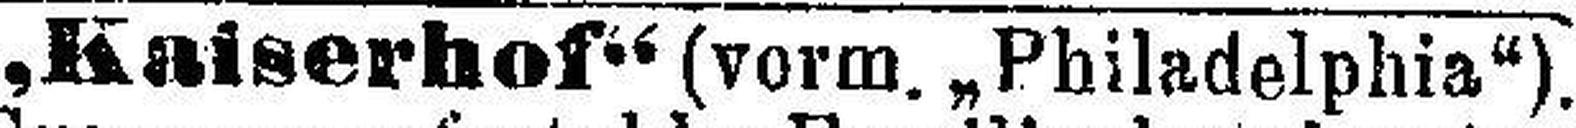
„Kaiserhof“ (vorm. „Philadelphia“).